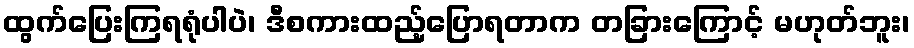
ထွက်ပြေးကြရရုံပါပဲ၊ ဒီစကားထည့်ပြောရတာက တခြားကြောင့် မဟုတ်ဘူး၊